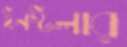
ইনস্টলার